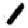
Digit: 1